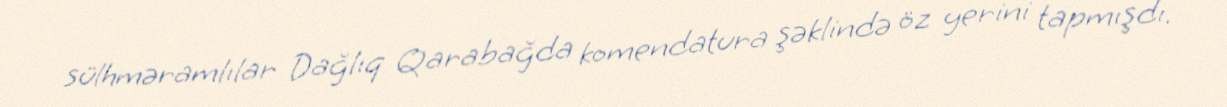
sülhməramlılar Dağlıq Qarabağda komendatura şəklində öz yerini tapmışdı.